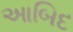
આબિદ